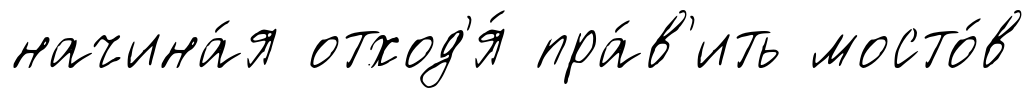
начина́я отход'я́ пра́в'ить мосто́в